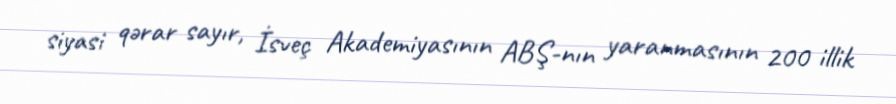
siyasi qərar sayır, İsveç Akademiyasının ABŞ-nın yaranmasının 200 illik